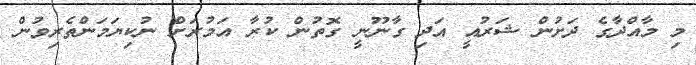
މި މާއްދާގެ ދަށުން ޝަރުއީ އަދި ގާނޫނީ ގޮތުން ކުރާ އަމުރަށް ނުކިޔަމަންތެރިވުން